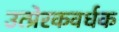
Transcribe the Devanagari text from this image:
उत्प्रेरकवर्धक